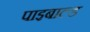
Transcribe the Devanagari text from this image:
पाइबाल्ड